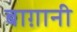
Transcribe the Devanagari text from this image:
बाग़ानी